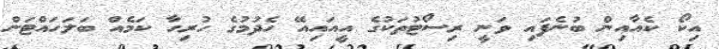
އިކޯ ކެއާއިން ބުނެފައި ވަނީ ރިސޯޓުތަކުގެ އީއައިއޭ ހެދުމުގެ ހުރިހާ ކަމެއް ބަލަހައްޓަން